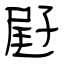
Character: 屘